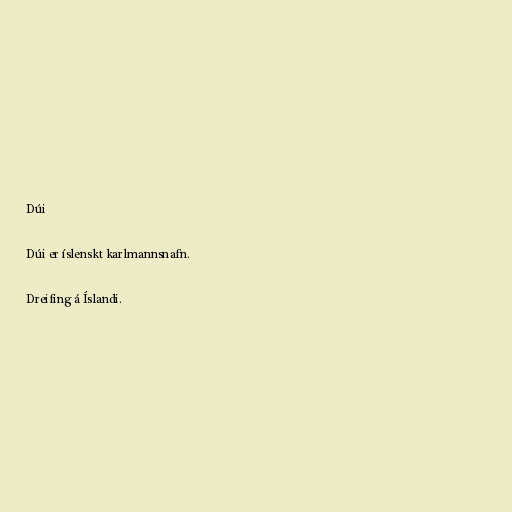
Dúi

Dúi er íslenskt karlmannsnafn.

Dreifing á Íslandi.